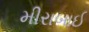
મીરાબાઈ